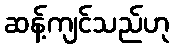
ဆန့်ကျင်သည်ဟု